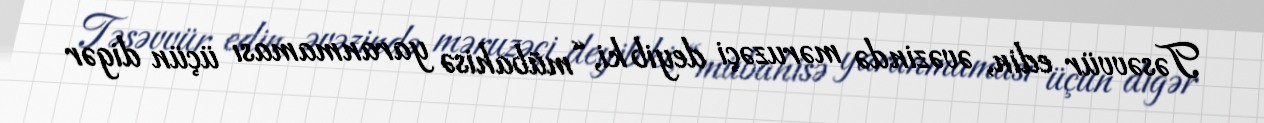
Təsəvvür edin, əvəzində məruzəçi deyib ki, “mübahisə yaranmaması üçün digər